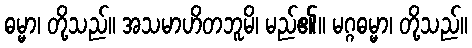
ဓမ္မာ၊ တို့သည်။ အသမာဟိတဘူမိ၊ မည်၏။ မဂ္ဂဓမ္မာ၊ တို့သည်။